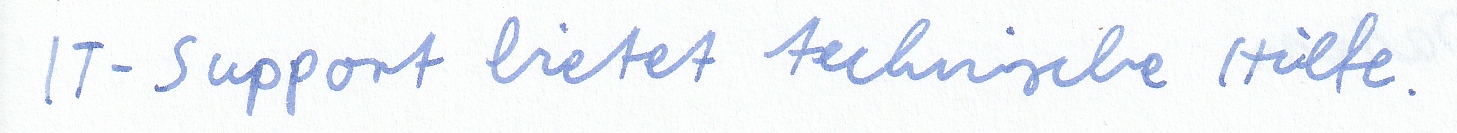
IT-Support bietet technische Hilfe.